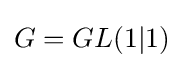
G=GL(1|1)